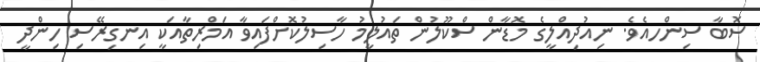
ސޮބާ ސިންހއެވެ. ނިއުދިއްލީގެ މޮޑާން ސްކޫލުން ތައުލީމު ހާސިލުކޮށްފައިވާ އަމްރިތާއަކީ އިނގިރޭސި ހިންދީ